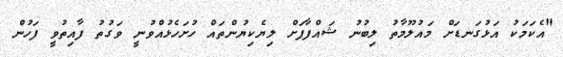
"އެކަމަކު އަޅުގަނޑަށް މައުލޫމާތު ލިބުނު ޝައްފާފަށް ލިޔެކިޔުންތައް ހުށަހެޅުއްވުނީ ވަގުތު ފާއިތުވީ ފަހުން